Report on vaccination in the Province of Bengal - 1874-1889
Year: 1874
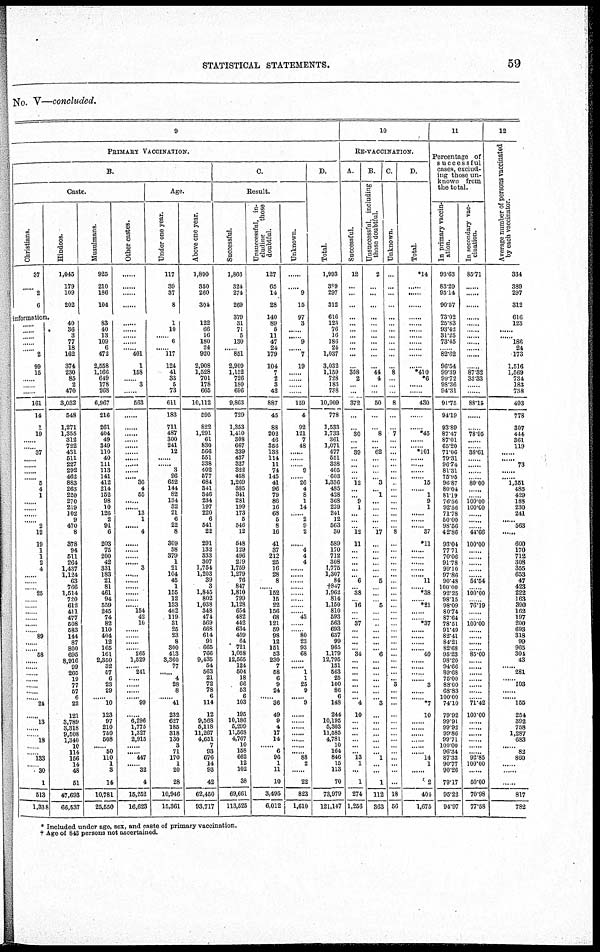
STATISTICAL STATEMENTS.
59
No. V—concluded.
9
PRIMARY VACCINATION.
B.
Caste.
Christians.
37
......
2
6
Hindoos.
1,045
179
109
202
information.
......
......
......
...... ...... 2
99
15
......
......
......
161
14
1
19
......
...... 37
......
......
......
...... 5
4
1
......
......
......
...... 2
12
19
1
1
2
4
......
......
...... 25
......
......
......
......
......
...... 89
......
...... 58
......
......
......
......
......
......
... 24
......
13
......
...... 18
......
...... 133
...... 30
1
513
1,338
40
36
3
77
18
162
374
230
85
2
470
3,032
548
1,271
1,355
312
722
431
511
227
292
462
883
263
220
270
219
102
9
470
8
378
94
511
264
1,437
1,124
63
766
1,514
720
612
411
477
508
583
144
87
800
695
8,916
99
265
19
77
57
6
22
121
3,789
3,318
9,508
1,340
10
114
156
14
48
51
47,693
66,537
Musulmans.
926
210
186
104
83
40
13
109
6
472
2,558
1,166
649
178
268
6,967
216
261
404
49
349
110
40
111
113
141
412
214
152
98
10
126
2
91
6
203
75
200
42
331
183
21
81
461
94
559
245
74
82
110
404
12
165
161
2,350
32
67
6
23
29
...... 10
123
97
210
750
508
...... 50
110 1
3
14
10,781
25,550
Other castes.
......
......
......
......
......
......
......
......
...... 401
1
158
...... 3
......
563
......
......
......
......
......
...... ......
......
......
...... 36
4
55
......
...... 13
1
...... 4
......
......
......
...... 3
......
......
......
......
......
...... 154
42
10
......
......
......
...... 265
1,529
...... 241
......
......
......
...... 99
......
6,296
1,775
1,327
2,915
......
...... 447
...... 32
4
15,252
16,623
Age.
Under one year.
117
39
37
8
1
10
...... 6
...... 117
124
41
33
5
73
611
183
711
487
300
241
12
......
...... 3
26
652
144
82
134
32
21
6
22
8
309
38
379
1
21
104
45
1
155
12
133
462
119
31
25
23
8
300
413
3,360
77
...... 4
28
8
...... 41
232
627
185
318
130
3
71
170
1
20
28
10,946
15,361
Above one year.
1,890
350
260
304
122
66
16
180
24
920
2,908
1,528
701
178
665
10,112
595
822
1,291
61
830
566
551
338
402
577
684
341
346
234
197
220
6
541
22
291
132
333
307
1,754
1,203
39
3
1,845
802
1,038
348
474
569
668
614
91
665
766
9,435
54
563
21
72
78
6
114
12
9,568
5,118
11,267
4,651
7
93
676
14
93
42
62,450
93,717
C.
Result.
Successful.
1,866
324
274
269
379
31
71
5
130
...... 851
2,900
1,152
726
180
696
9,863
729
1,353
1,410
308
667
339
437
327
322
458
1,269
385
341
281
199
173
5
546
12
548
129
496
279
1,759
1,279
76
847
1,810
799
1,128
654
482
442
634
459
64
721
1,058
12,565
124
504
18
66
53
6
103
195
10,186
5,299
11,568
4,767
10
158
662
12
102
38
69,661
113,525
Unsuccessful, in¬
cluding
those
doubtful.
127
65
14
28
140
89
5
11
47
24
179
104
7
2
3
42
887
45
88
202
46
356
138
114
11
74
145
41
96
79
86
16
68
5
8
16
41
37
212
25
16
28
8
...... 152
15
22
156
68
121
69
98
12
151
53
230
7
58
6
9
24
...... 36
49
9
4
17
14
...... 6
96
1
11
10
3,495
6,012
Unknown.
......
......
9
15
97
3
......
...... 9
...... 7
19
......
......
......
......
159
4
92
121
7
48
...... ......
...... 9
...... 26
4
8
1
14
...... 2
9
2
......
4
4
4
......
......
......
......
......
......
......
...... 43
......
...... 80
23
93
68
......
...... 1
1
25
9
...... 9
......
......
......
......
......
......
...... 88
2
......
22
823
1,610
D.
Total.
1,993
389
297
312
616
123
76
16
186
24
1,037
3,032
1,159
728
183
738
10,909
778
1,533
1,733
361
1,071
477
551
338
405
603
1,336
485
428
368
229
241
12
563
30
589
170
712
308
1,775
1,307
84
†847
1,962
814
1,150
810
593
563
693
637
99
965
1,179
12,795
131
563
25
100
86
6
148
244
10,195
5,303
11,585
4,781
10
164
846
15
113
70
73,979
121,147
10
RE-VACCINATION.
A.
Successful.
12
...
...
...
...
...
...
...
...
...
...
...
358
2
...
...
372
...
...
30
...
... 39
......
......
......
...... 12
...
... 9
1
...
...
... 12
11
...
...
...
...
... 6
... 38
... 16
...
... 37
...
...
...
... 34
...
...
...
...
...
...
... 4
10
...
...
...
...
...
... 13
1
...
1
274
1,256
B.
Unsuccessful, including
those doubtful.
2
...
...
...
...
...
...
...
...
...
...
...
44
4
...
...
50
...
...
8
...
... 62
......
......
......
...... 3
... 1
...
...
...
...
... 17
...
...
...
...
...
... 5
...
...
... 5
...
... ...
...
...
...
... 6
...
...
...
...
...
...
... 3
...
...
...
...
...
...
... 1
...
...
1
112
363
C.
Unknown.
...
…
...
...
...
...
...
...
...
...
...
...
8
...
...
...
8
...
...
7
...
...
... ...
...
...
...
...
...
...
...
...
...
...
... 8
...
...
...
...
...
...
...
...
...
...
...
...
...
...
...
...
...
...
...
...
...
...
... 3
...
...
...
...
...
...
...
...
...
...
...
...
...
...
18
56
D.
Total.
*14
......
......
......
......
......
......
......
......
......
......
......
*410
*6
......
......
430
......
......
*45
... ...... *101
......
......
......
...... 15
...... 1
9
1
......
... ...... 37
*11
......
......
......
......
...... 11
... *38
...... *21
......
...... *37
......
......
......
...... 40
......
......
......
...... 3
... ...... *7
10
......
......
......
......
......
...... 14
1
...
2
404
1,675
11
Percentage of
successful
cases, exclud-
ing those un-
known from
the total.
In primary vaccin-
ation.
93.63
83.29
95.14
90.57
73.02
25.83
93.42
31.25
73.45
82.62
96.54
99.39
99.72
98.36
94.31
91.75
94.19
93.89
87.47
87.01
65.20
71.06
79.31
96.74
81.31
75.95
96.87
80.04
81.19
76.56
92.56
71.78
50.00
98.56
42.86
93.04
77.71
70.06
91.78
99.10
97.86
90.48
100.00
92.25
98.15
98.09
80.74
87.64
78.51
91.49
82.41
84.21
82.68
95.23
98.20
94.66
89.68
75.00
88.00
68.83
100.00
74.10
79.92
99.91
99.92
99.86
99.71
100.00
96.34
87.33
90.77
90.26
79.17
95.22
94.97
In secondary vac-
cination.
85.71
......
......
......
......
......
......
......
......
......
......
......
87.82
33.33
......
......
88.15
......
......
78.95
......
...... 38.61
......
......
......
...... 80.00
......
...... 100.00
100.00
......
......
...... 44.66
100.00
......
......
......
......
...... 54.54
...... 100.00
...... 76.19
......
...... 100.00
......
......
......
...... 85.00
......
......
......
......
......
......
...... 71.42
100.00
......
......
......
......
......
...... 92.85
100.00
......
50.00
70.98
77.58
12
Average number of persons vaccinated
by each vaccinator.
334
389
297
312
616
123
......
...... 186
24
173
1,516
1,569
734
183
738
493
778
307
444
361
119
...... ......
73
......
...... 1,351
485
429
188
230
241
...... 563
......
600
170
712
308
355
653
47
423
222
163
390
162
197
200
693
318
99
965
304
43
...... 281
...... 103
......
...... 155
254
392
758
1,287
683
...... 82
860
......
......
......
817
782
* Included under age, sex, and caste of primary vaccination.
† Age of 843 persons not ascertained.